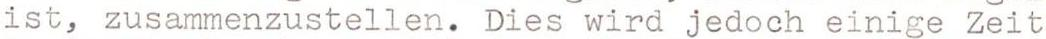
ist, zusammenzustellen. Dies wird jedoch einige Zeit